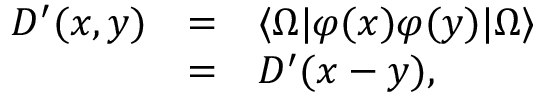
\begin{array} { r c l } { { D ^ { \prime } ( x , y ) } } & { { = } } & { { \langle \Omega | \varphi ( x ) \varphi ( y ) | \Omega \rangle } } \\ { { } } & { { = } } & { { D ^ { \prime } ( x - y ) , } } \end{array}